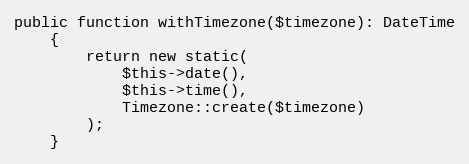
Language: PHP
public function withTimezone($timezone): DateTime
    {
        return new static(
            $this->date(),
            $this->time(),
            Timezone::create($timezone)
        );
    }